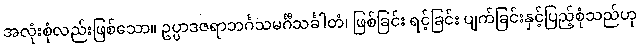
အလုံးစုံလည်းဖြစ်သော။ ဥပ္ပာဒဇရာဘင်္ဂသမင်္ဂီသင်္ခါတံ၊ ဖြစ်ခြင်း ရင့်ခြင်း ပျက်ခြင်းနှင့်ပြည့်စုံသည်ဟု